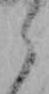
ら